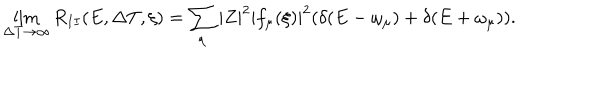
\lim _ { \Delta T \rightarrow \infty } R _ { I I } ( E , \Delta T , \xi ) = \sum _ { \mu } | Z | ^ { 2 } | f _ { \mu } ( \xi ) | ^ { 2 } ( \delta ( E - \omega _ { \mu } ) + \delta ( E + \omega _ { \mu } ) ) .